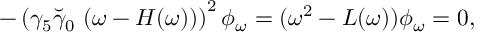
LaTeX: - \left( \gamma _ { 5 } \breve { \gamma } _ { 0 } ~ ( \omega - H ( \omega ) ) \right) ^ { 2 } \phi _ { \omega } = ( \omega ^ { 2 } - L ( \omega ) ) \phi _ { \omega } = 0 ,